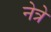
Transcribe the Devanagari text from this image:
नेत्रे